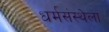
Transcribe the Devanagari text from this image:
धर्मसंस्थेला